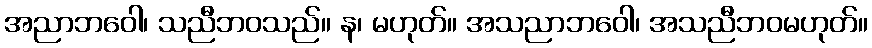
အညာဘဝေါ၊ သညီဘဝသည်။ န၊ မဟုတ်။ အသညာဘဝေါ၊ အသညီဘဝမဟုတ်။